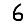
Digit: 6